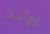
ووالدك